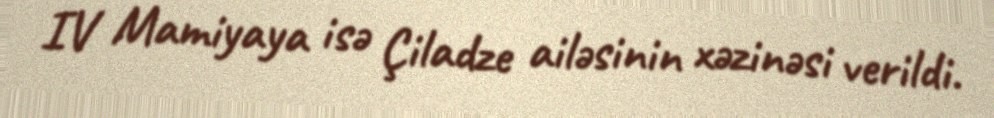
IV Mamiyaya isə Çiladze ailəsinin xəzinəsi verildi.